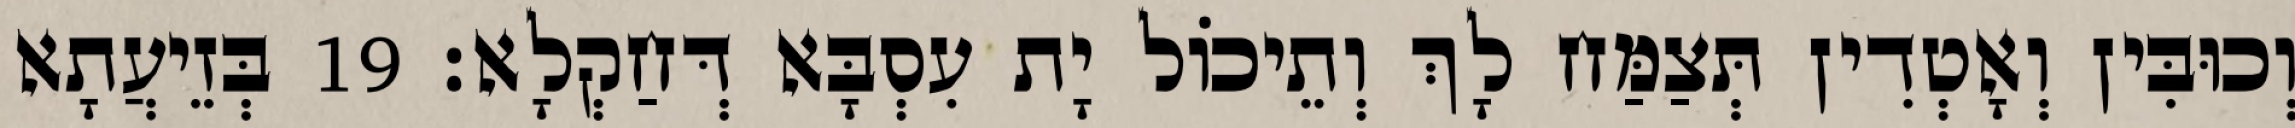
וְכוּבִּין וְאָטְדִין תְּצַמַּח לָךְ וְתֵיכוֹל יָת עִסְבָּא דְּחַקְלָא׃ 19 בְּזֵיעֲתָא